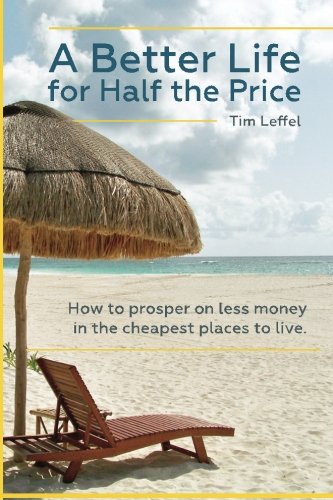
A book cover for A Better Life for Half the Price: How to prosper on less money in the cheapest places to live; Tim Leffel; Business & Money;